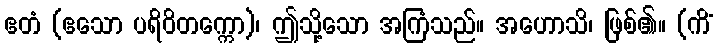
ဧတံ (ဧသော ပရိဝိတက္ကော)၊ ဤသို့သော အကြံသည်။ အဟောသိ၊ ဖြစ်၏။ (ကိံ